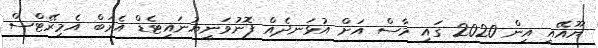
ޔޫއޭއީ އިން 2020 ގައި މާސް އަށް އުޅަނދެއް ފޮނުވަނީޔުނައިޓެޑް އެރަބް އެމިރޭޓްސް